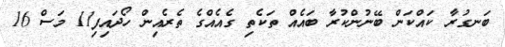
ބަނގުރާ ކައްކަން ބޭނުންކުރާ ބައެއް ތަކެތި ގެއެއްގެ ތެރެއިން ހޯދައިފި11 މަސް 16